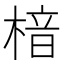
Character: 𪳀